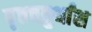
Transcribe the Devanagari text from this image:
वृत्तचतुर्थांश